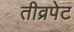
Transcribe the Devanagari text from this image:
तीव्रपेट